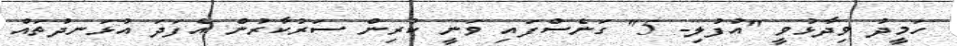
ހަމީދު ވިދާޅުވީ "އުފުލި- 5" ގަނެސްފައި ވަނީ ކުރިން ސަރުކާރުން އެފަދަ އުޅަނދުތައް